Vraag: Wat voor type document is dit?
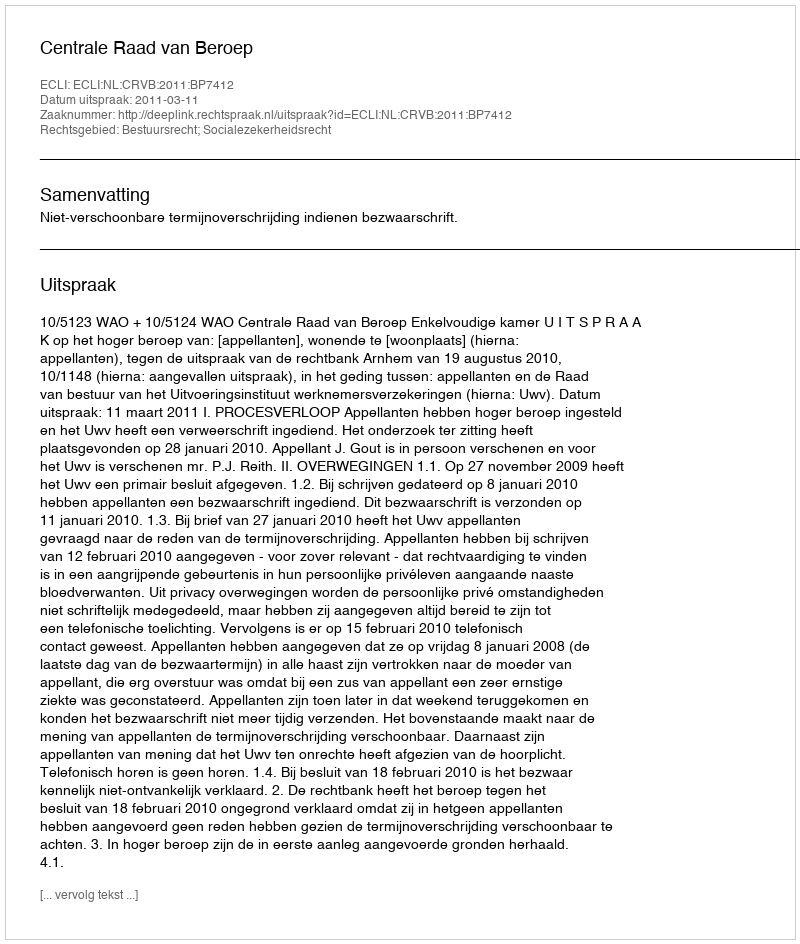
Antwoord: Uitspraak